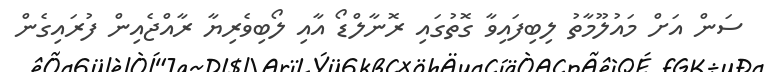
ސަން އަށް މައުލޫމާތު ލިބިފައިވާ ގޮތުގައި ރޮނާލްޑޯ އާއި ލޯބިވެރިޔާ ރާއްޖެއިން ފުރައިގެން